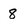
Character: 8